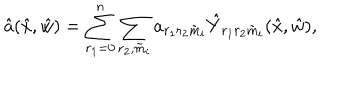
\hat { a } ( \hat { x } , \hat { w } ) = \sum _ { r _ { 1 } = 0 } ^ { n } \sum _ { r _ { 2 } , \tilde { m } _ { i } } a _ { r _ { 1 } r _ { 2 } \tilde { m } _ { i } } \hat { Y } _ { r _ { 1 } r _ { 2 } \tilde { m } _ { i } } ( \hat { x } , \hat { w } ) ,